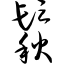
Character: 鬏